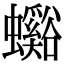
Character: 𧕉